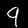
Digit: 9